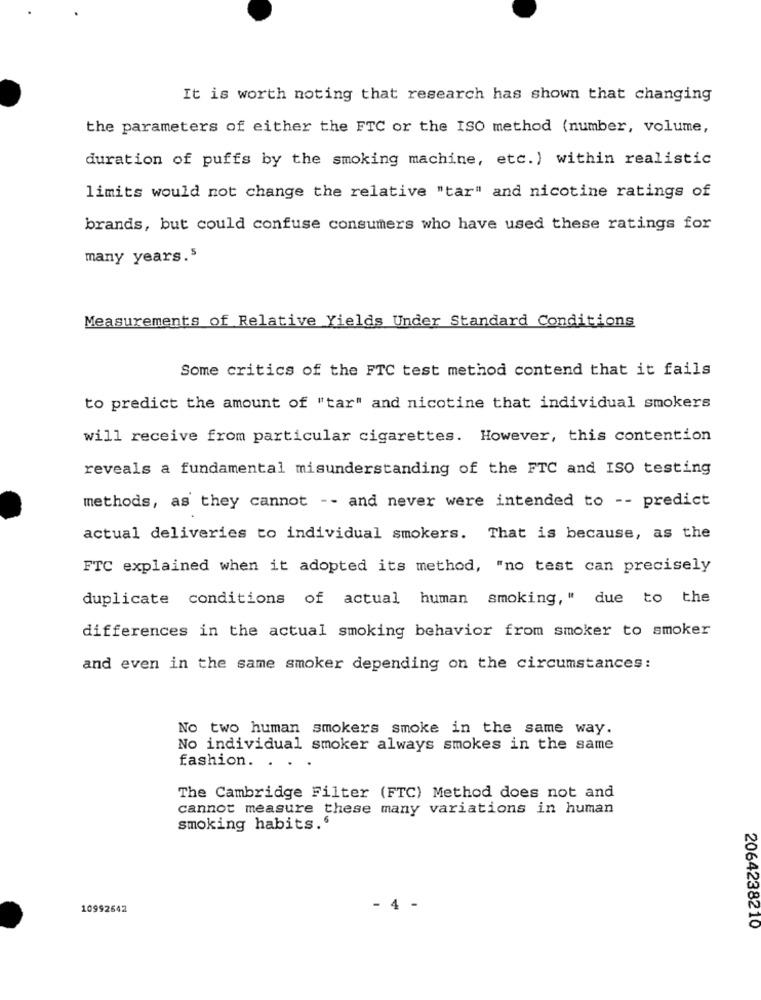
It is worth noting that research has shown that changing
the parameters of either the FTC or the ISO method (number, volume,
duration of puffs by the smoking machine, etc. ) within realistic
limits would not change the relative "tar" and nicotine ratings of
brands, but could confuse consumers who have used these ratings for
many years.5
Measurements of Relative Yields Under Standard Conditions
Some critics of the FTC test method contend that it fails
to predict the amount of "tar" and nicotine that individual smokers
will receive from particular cigarettes. However, this contention
reveals a fundamental misunderstanding of the FTC and ISO testing
methods, as they cannot -- and never were intended to -- predict
actual deliveries to individual smokers. That is because, as the
FTC explained when it adopted its method, "no test can precisely
duplicate conditions of actual human smoking," due to the
differences in the actual smoking behavior from smoker to smoker
and even in the same smoker depending on the circumstances:
No two human smokers smoke in the same way.
No individual smoker always smokes in the same
fashion. . .
The Cambridge Filter (FTC) Method does not and
cannot measure these many variations in human
smoking habits.'
10992642
2064238210